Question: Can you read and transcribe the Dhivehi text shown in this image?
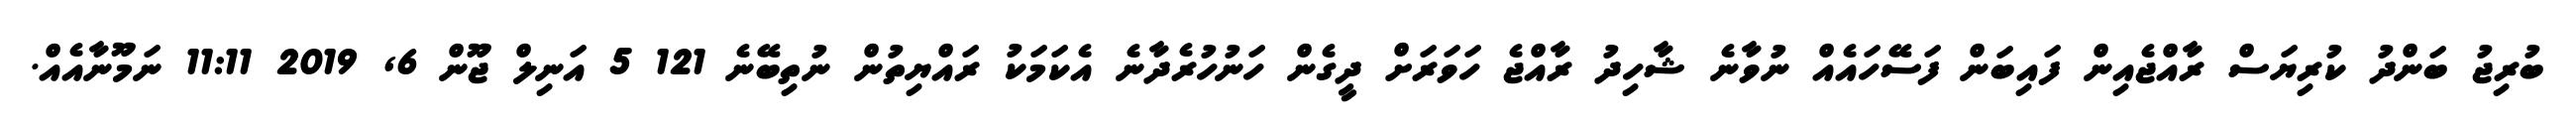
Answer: ބުރިޖު ބަންދު ކުރިޔަސް ރާއްޖެއިން ފައިބަން ފަސޭހައެއް ނުވާނެ ޝާހިދު ރާއްޖެ ހަވަރަށް ދީގެން ހަނުހުރެދާނެ އެކަމަކު ރައްޔިތުން ނުތިބޭނެ 121 5 އަނިލް ޖޫން 6, 2019 11:11 ނަމޫނާއެއް.